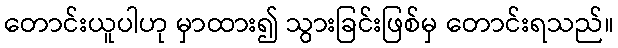
တောင်းယူပါဟု မှာထား၍ သွားခြင်းဖြစ်မှ တောင်းရသည်။